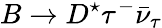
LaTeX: B\to D^{\star}\tau^{-}\bar{\nu}_{\tau}